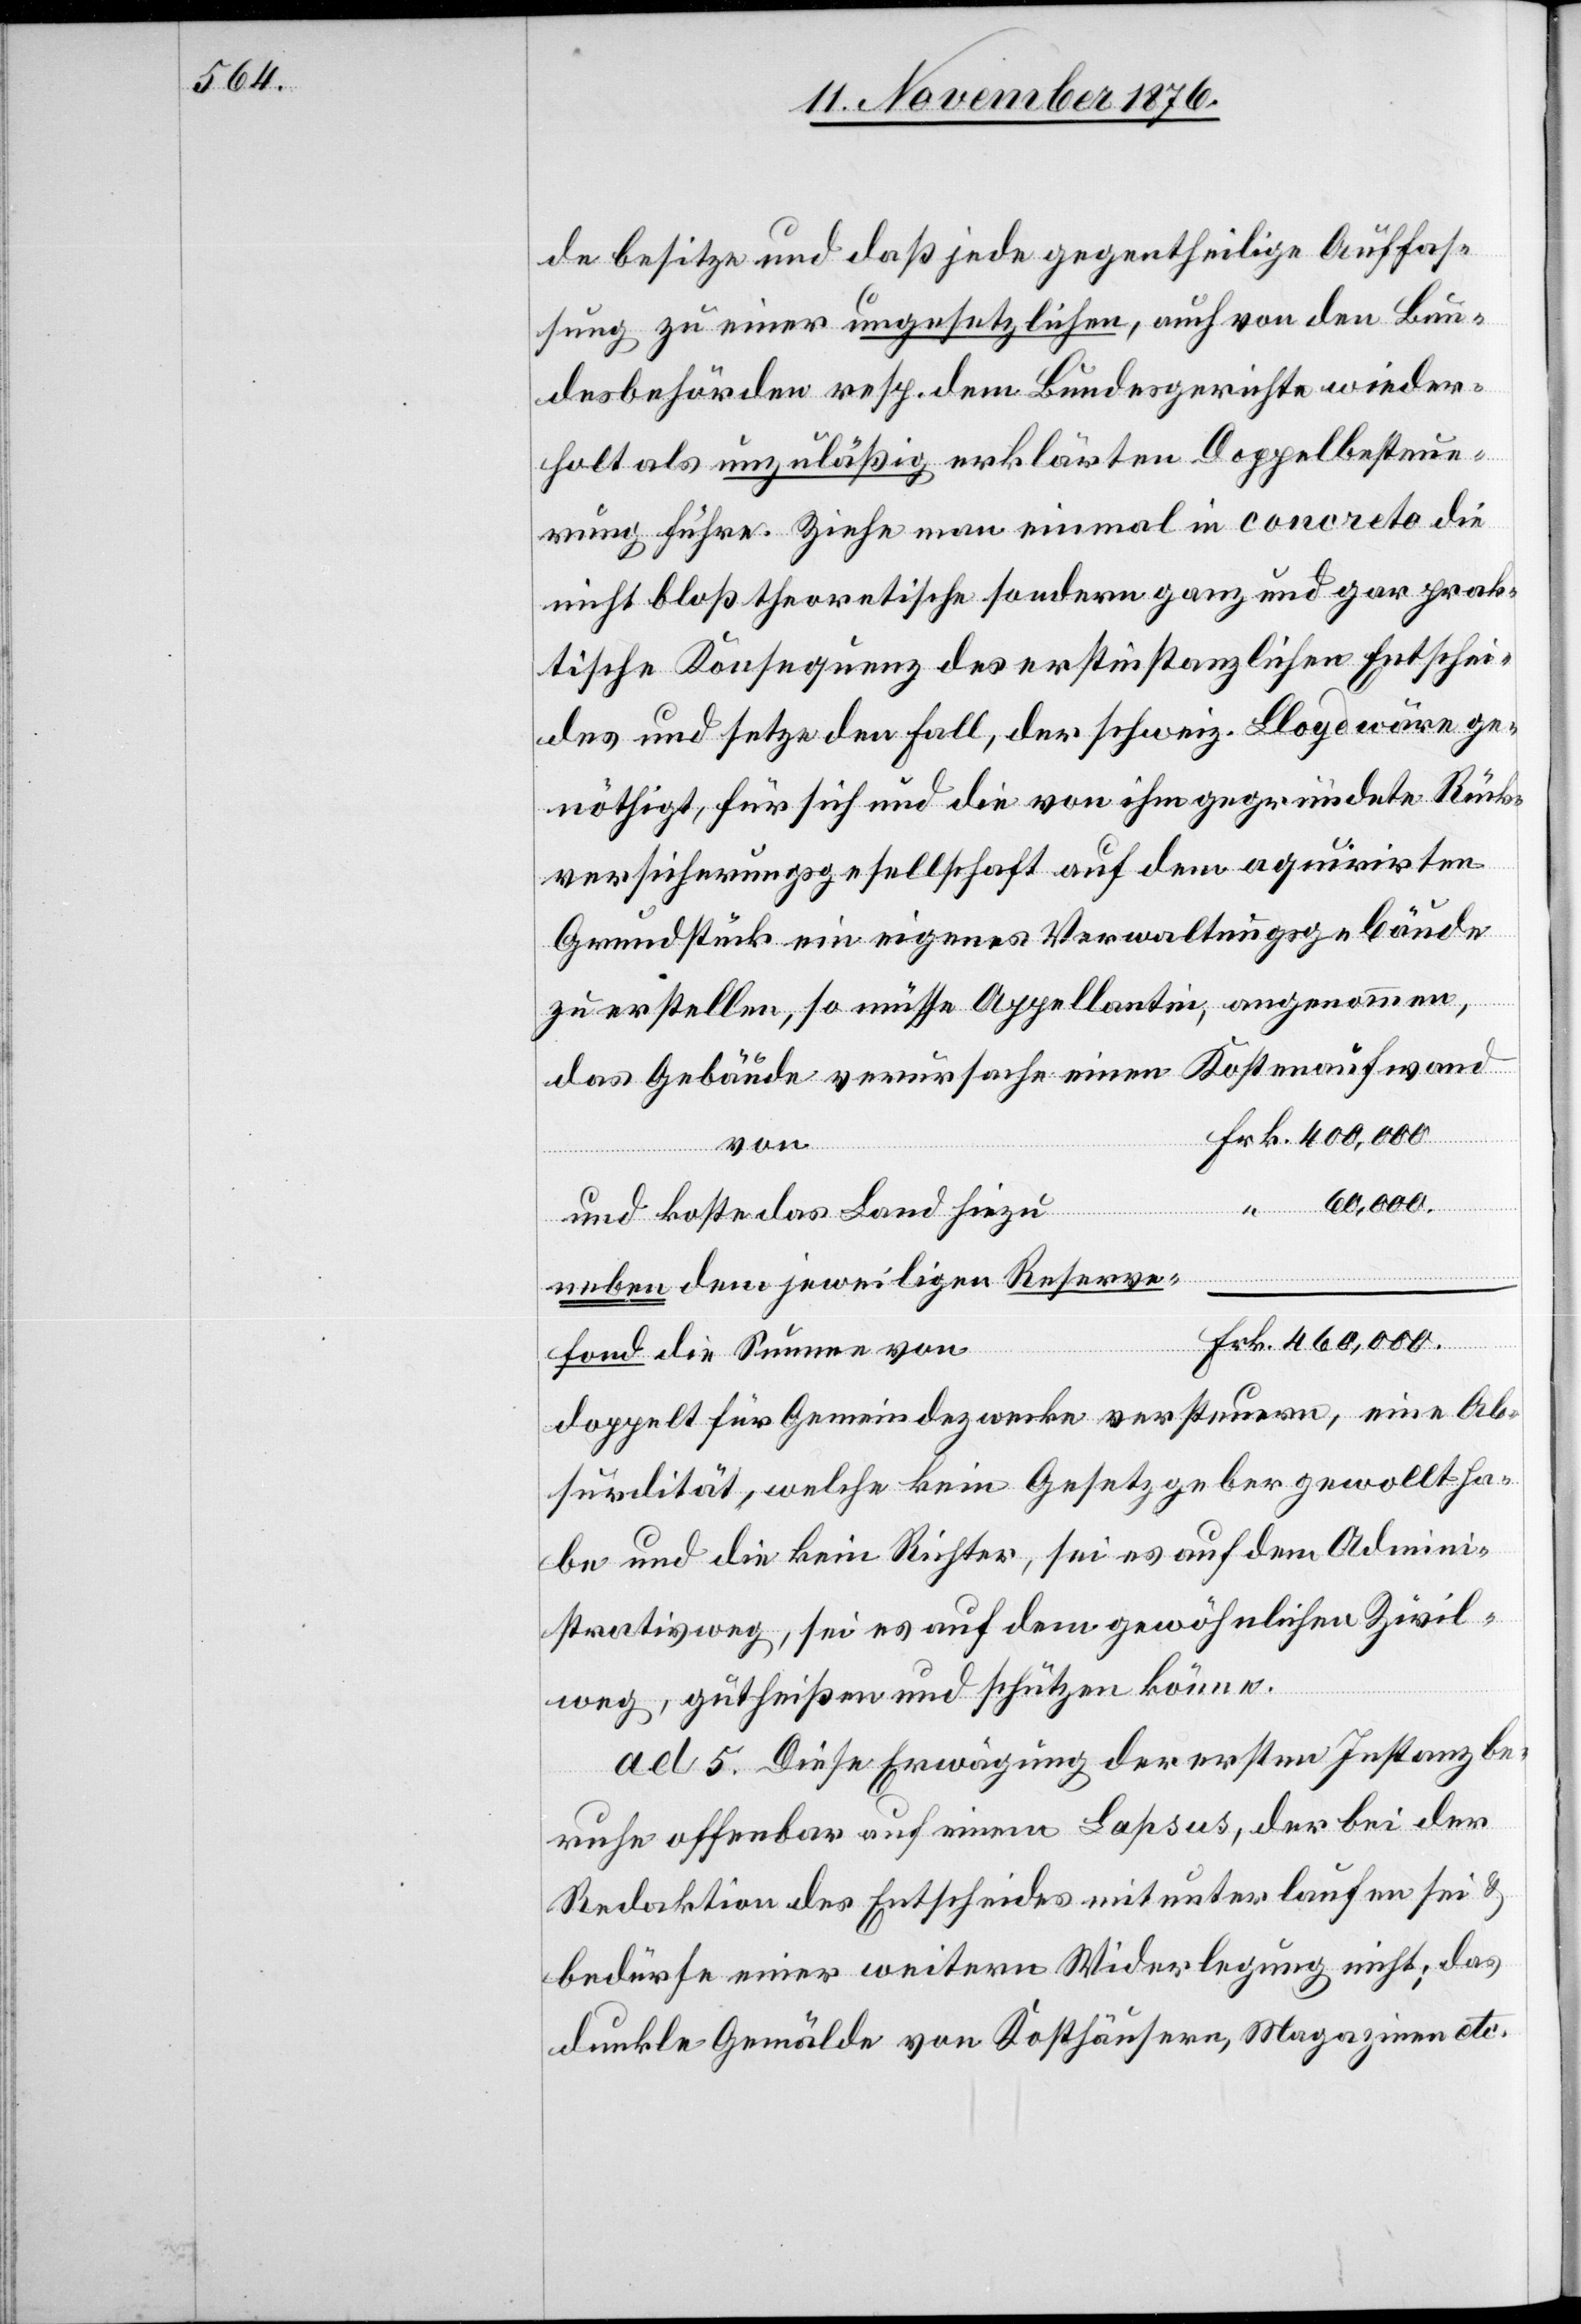
de besitze und daß jede gegentheilige Auffas¬
sung zu einer ungesetzlichen, auch von den Bun¬
desbehörden resp. dem Bundesgerichte wieder¬
holt als unzuläßig erklärten Doppelbesteue¬
rung führe. Ziehe man einmal in concreto die
nicht bloß theoretische sondern ganz und gar prak¬
tische Konsequenz des erstinstanzlichen Entschei¬
des und setze den Fall, der schweiz. Lloyd wäre ge¬
nöthigt, für sich und ei von ihm gegründete Rück¬
versicherungsgesellschaft auf dem aquirirten
Grundstück ein eigenes Verwaltungsgebäude
zu erstellen, so müsse Appellantin, angenommen
das Gebäude verursache einen Kostenaufwand
von
und koste das Land hiezu
neben dem jeweiligen Reserve¬
fond die Summe von
doppelt für Gemeindezwecke versteuern, eine Ab¬
surdität, welche kein Gesetzgeber gewollt ha¬
be und die kein Richter, sei es auf dem Admini¬
strativweg, sei es auf dem gewöhnlichen Zivil¬
weg, gutheißen und schützen könne.
ad 5. Diese Erwägung der ersten Instanz be¬
ruhe offenbar auf einem Lapsus, der bei der
Redaktion des Entscheides mitunterlaufen sei &
bedürfe einer weitern Widerlegung nicht; das
dunkle Gemälde von Kosthäusern, Magazinen etc.